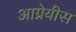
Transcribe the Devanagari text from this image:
आग्नेयीस